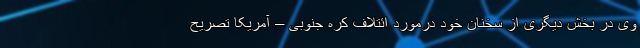
وی در بخش دیگری از سخنان خود درمورد ائتلاف کره جنوبی – آمریکا تصریح